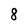
Character: 8